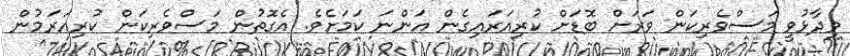
ވިދާޅުވީ މަސްވެރިކަން ވަރަށް ބޮޑަށް ކުރިއަރައިގެން އަންނަ ކަމަށެވެ. އެގޮތުން މަސްވެރިކަން ކުރިއަރަމުން